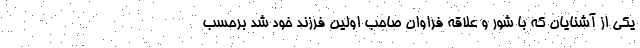
یکی از آشنایان که با شور و علاقه فراوان صاحب اولین فرزند خود شد برحسب